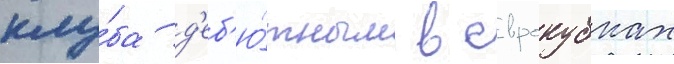
клу́ба д'еб'ю́тным в еврокубках